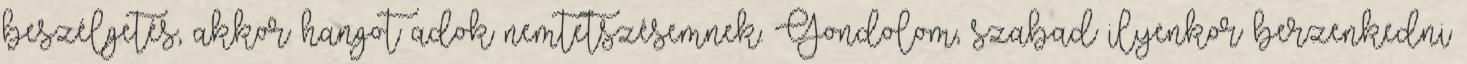
beszélgetés, akkor hangot adok nemtetszésemnek. Gondolom, szabad ilyenkor berzenkedni